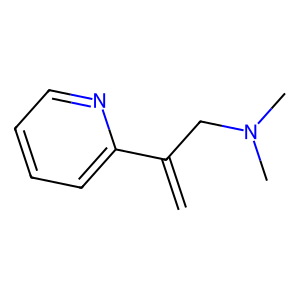
SMILES: C=C(CN(C)C)c1ccccn1
Inhibits HIV replication: No